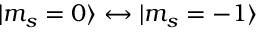
| m _ { s } = 0 \rangle \leftrightarrow | m _ { s } = - 1 \rangle